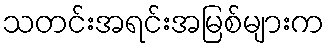
သတင်းအရင်းအမြစ်များက